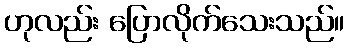
ဟုလည်း ပြောလိုက်သေးသည်။